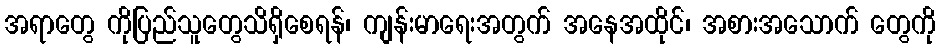
အရာတွေ ကိုပြည်သူတွေသိရှိစေရန်၊ ကျန်းမာရေးအတွက် အနေအထိုင်၊ အစားအသောက် တွေကို